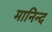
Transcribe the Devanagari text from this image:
मानिन्द